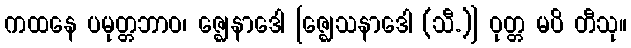
ကထနေ ပမုတ္တဘာဝ၊ ဇ္ဈေနာဒေါ [ဇ္ဈေသနာဒေါ (သီ.)] ဝုတ္တ မပိ တီသု။